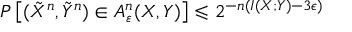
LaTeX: P \left[ ( { \tilde { X } } ^ { n } , { \tilde { Y } } ^ { n } ) \in A _ { \varepsilon } ^ { n } ( X , Y ) \right] \leqslant 2 ^ { - n ( I ( X ; Y ) - 3 \epsilon ) }